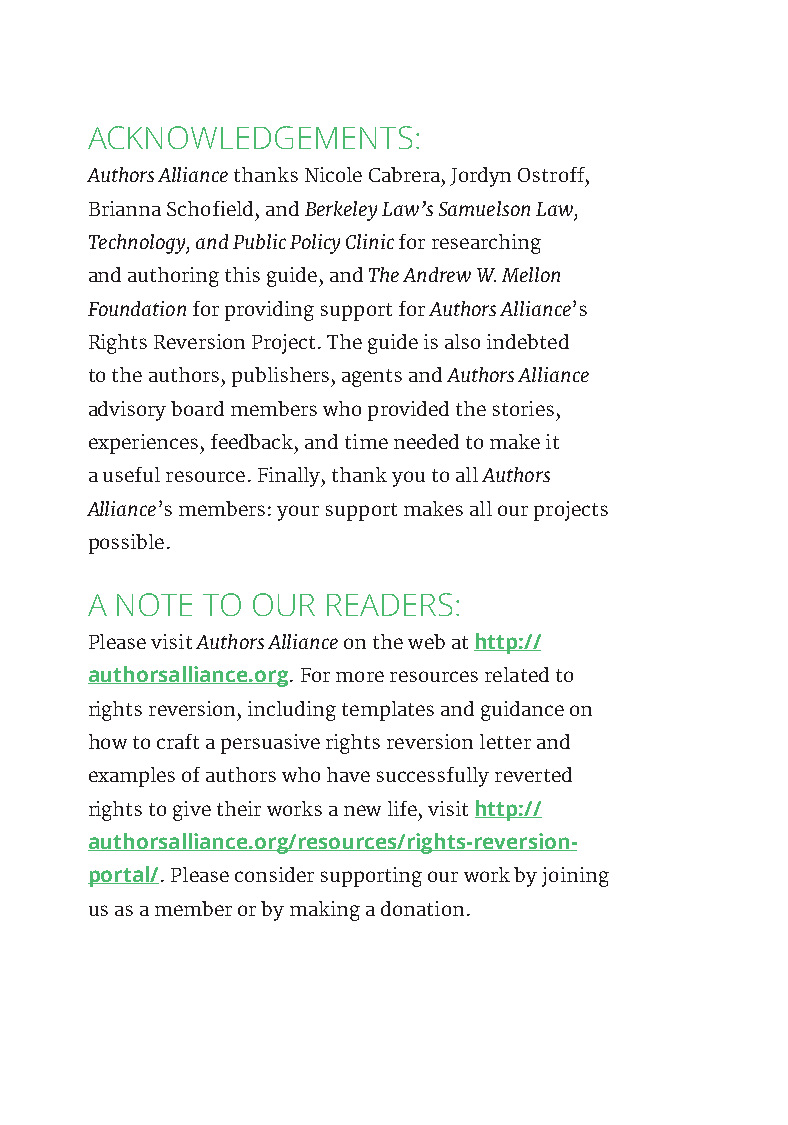
ACKNOWLEDGEMENTS:
 Authors Alliance thanks Nicole Cabrera, Jordyn Ostroff,
 Brianna Schofield, and Berkeley Law’s Samuelson Law,
 Technology, and Public Policy Clinic for researching
 and authoring this guide, and The Andrew W. Mellon
 Foundation for providing support for Authors Alliance’s
 Rights Reversion Project. The guide is also indebted
 to the authors, publishers, agents and Authors Alliance
 advisory board members who provided the stories,
 experiences, feedback, and time needed to make it
 a useful resource. Finally, thank you to all Authors
 Alliance’s members: your support makes all our projects
 possible.
 A NOTE TO  OUR READERS:
 Please visit Authors Alliance on the web at http://
 authorsalliance.org. For more resources related to
 rights reversion, including templates and guidance on
 how to craft a persuasive rights reversion letter and
 examples of authors who have successfully reverted
 rights to give their works a new life, visit http://
 authorsalliance.org/resources/rights-reversion-
 portal/. Please consider supporting our work by joining
 us as a member or by making a donation.